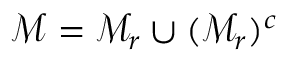
\mathcal { M } = \mathcal { M } _ { r } \cup ( \mathcal { M } _ { r } ) ^ { c }